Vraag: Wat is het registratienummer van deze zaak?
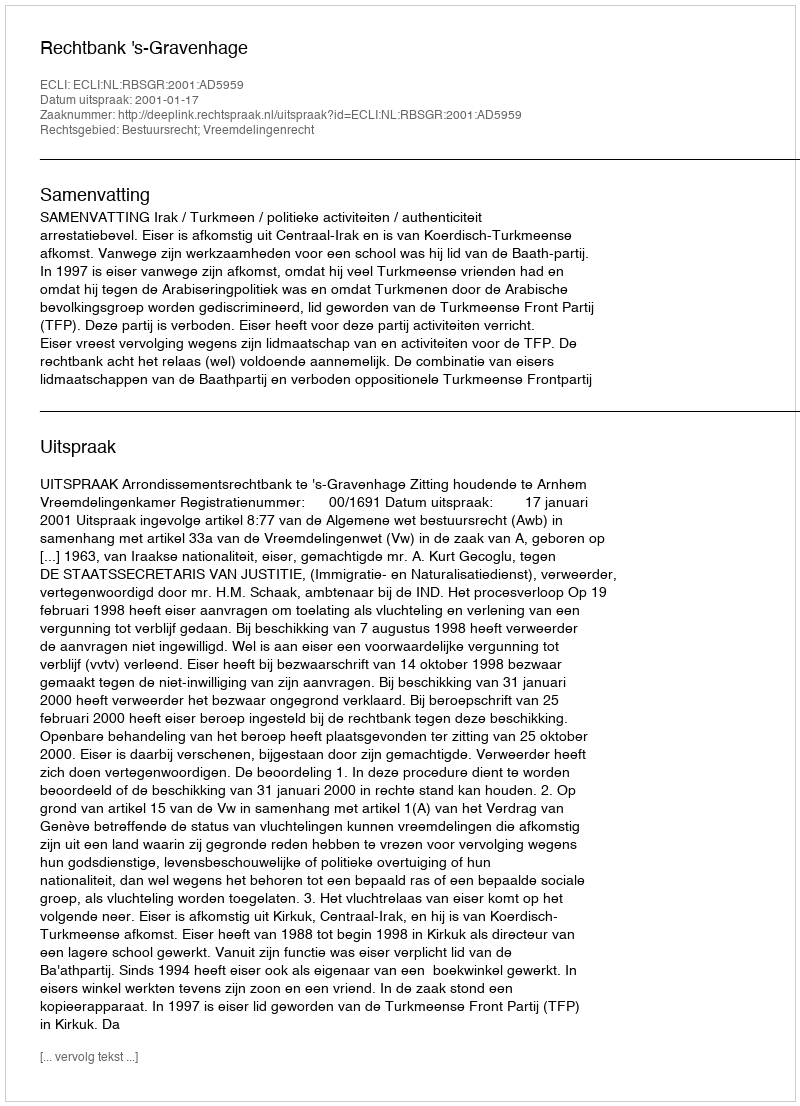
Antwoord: http://deeplink.rechtspraak.nl/uitspraak?id=ECLI:NL:RBSGR:2001:AD5959